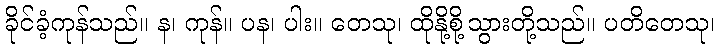
ခိုင်ခံ့ကုန်သည်။ န၊ ကုန်။ ပန၊ ပါး။ တေသု၊ ထိုနို့စို့သွားတို့သည်။ ပတိတေသု၊